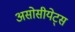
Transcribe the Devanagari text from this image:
असोसीयेट्स